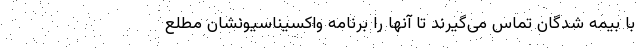
با بیمه شدگان تماس می‌گیرند تا آنها را برنامه واکسیناسیونشان مطلع